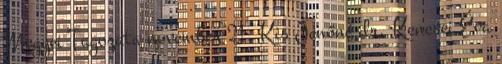
Megyei Tagozata november 21. Kis Jenőné dr. Kenesei Éva